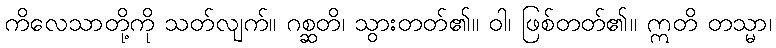
ကိလေသာတို့ကို သတ်လျက်။ ဂစ္ဆတိ၊ သွားတတ်၏။ ဝါ၊ ဖြစ်တတ်၏။ ဣတိ တသ္မာ၊